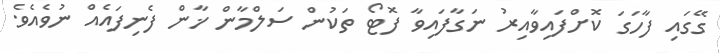
ގޭގައި ފާހަގަ ކޮށްފައިވާއިރު ނަގާފައިވާ ފޮޓޯ ތަކުން ސަލްމާން ޚާން ފެނިފައެއް ނުވެއެވެ.